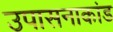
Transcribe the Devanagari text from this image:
उपासनाकांड